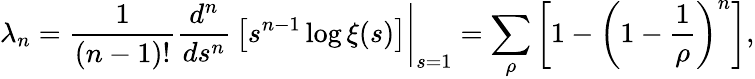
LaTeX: \lambda_{n}={\frac{1}{(n-1)!}}\left.{\frac{d^{n}}{ds^{n}}}\left[s^{n-1}\log\xi(s)\right]\right|_{s=1}=\sum_{\rho}\left[1-\left(1-{\frac{1}{\rho}}\right)^{n}\right],